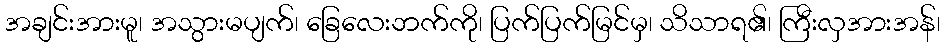
အချင်းအားမူ၊ အသွားမပျက်၊ ခြေလေးဘက်ကို၊ ပြက်ပြက်မြင်မှ၊ သိသာရ၏၊ ကြီးလှအားအန်၊